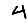
Digit: 4